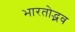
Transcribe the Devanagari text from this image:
भारतोद्भव